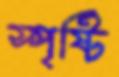
স্পৃষ্টি